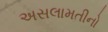
અસલામતીનો